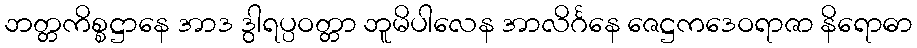
ဘတ္တကိစ္စဋ္ဌာနေ အာဒ ဒွါရပ္ပဝတ္တာ ဘူမိပါလေန အာလိင်္ဂနေ ဇေဋ္ဌကဒေဝရာဇာ နိရောဓာ